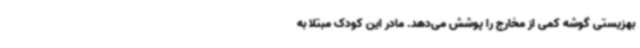
بهزیستی گوشه کمی از مخارج را پوشش می‌دهد. مادر این کودک مبتلا به